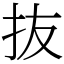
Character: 抜